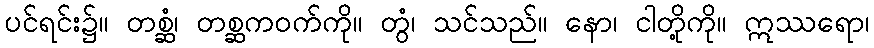
ပင်ရင်း၌။ တစ္ဆံ၊ တစ္ဆကဝက်ကို။ တွံ၊ သင်သည်။ နော၊ ငါတို့ကို။ ဣဿရော၊